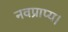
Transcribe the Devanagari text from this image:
नवप्राप्य।